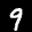
Label: 9